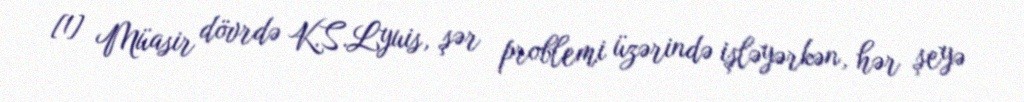
[1] Müasir dövrdə K.S.Lyuis, şər problemi üzərində işləyərkən, hər şeyə